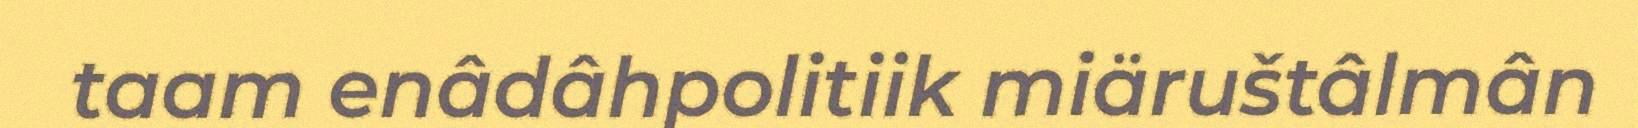
taam enâdâhpolitiik miäruštâlmân